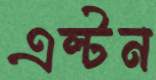
এল্টন